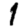
Digit: 1